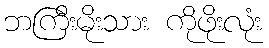
ဘကြီးမိုးသား ကိုဖိုးလုံး